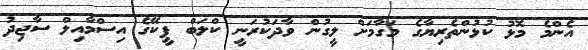
އެންމެ މޮޅު ކުޅުންތެރިޔާގެ މަގާމަށް ލީގުން ވާދަކުރަނީ ކްލަބް ޕީކޭގެ އިސްމާއިލް ސާޖިދު